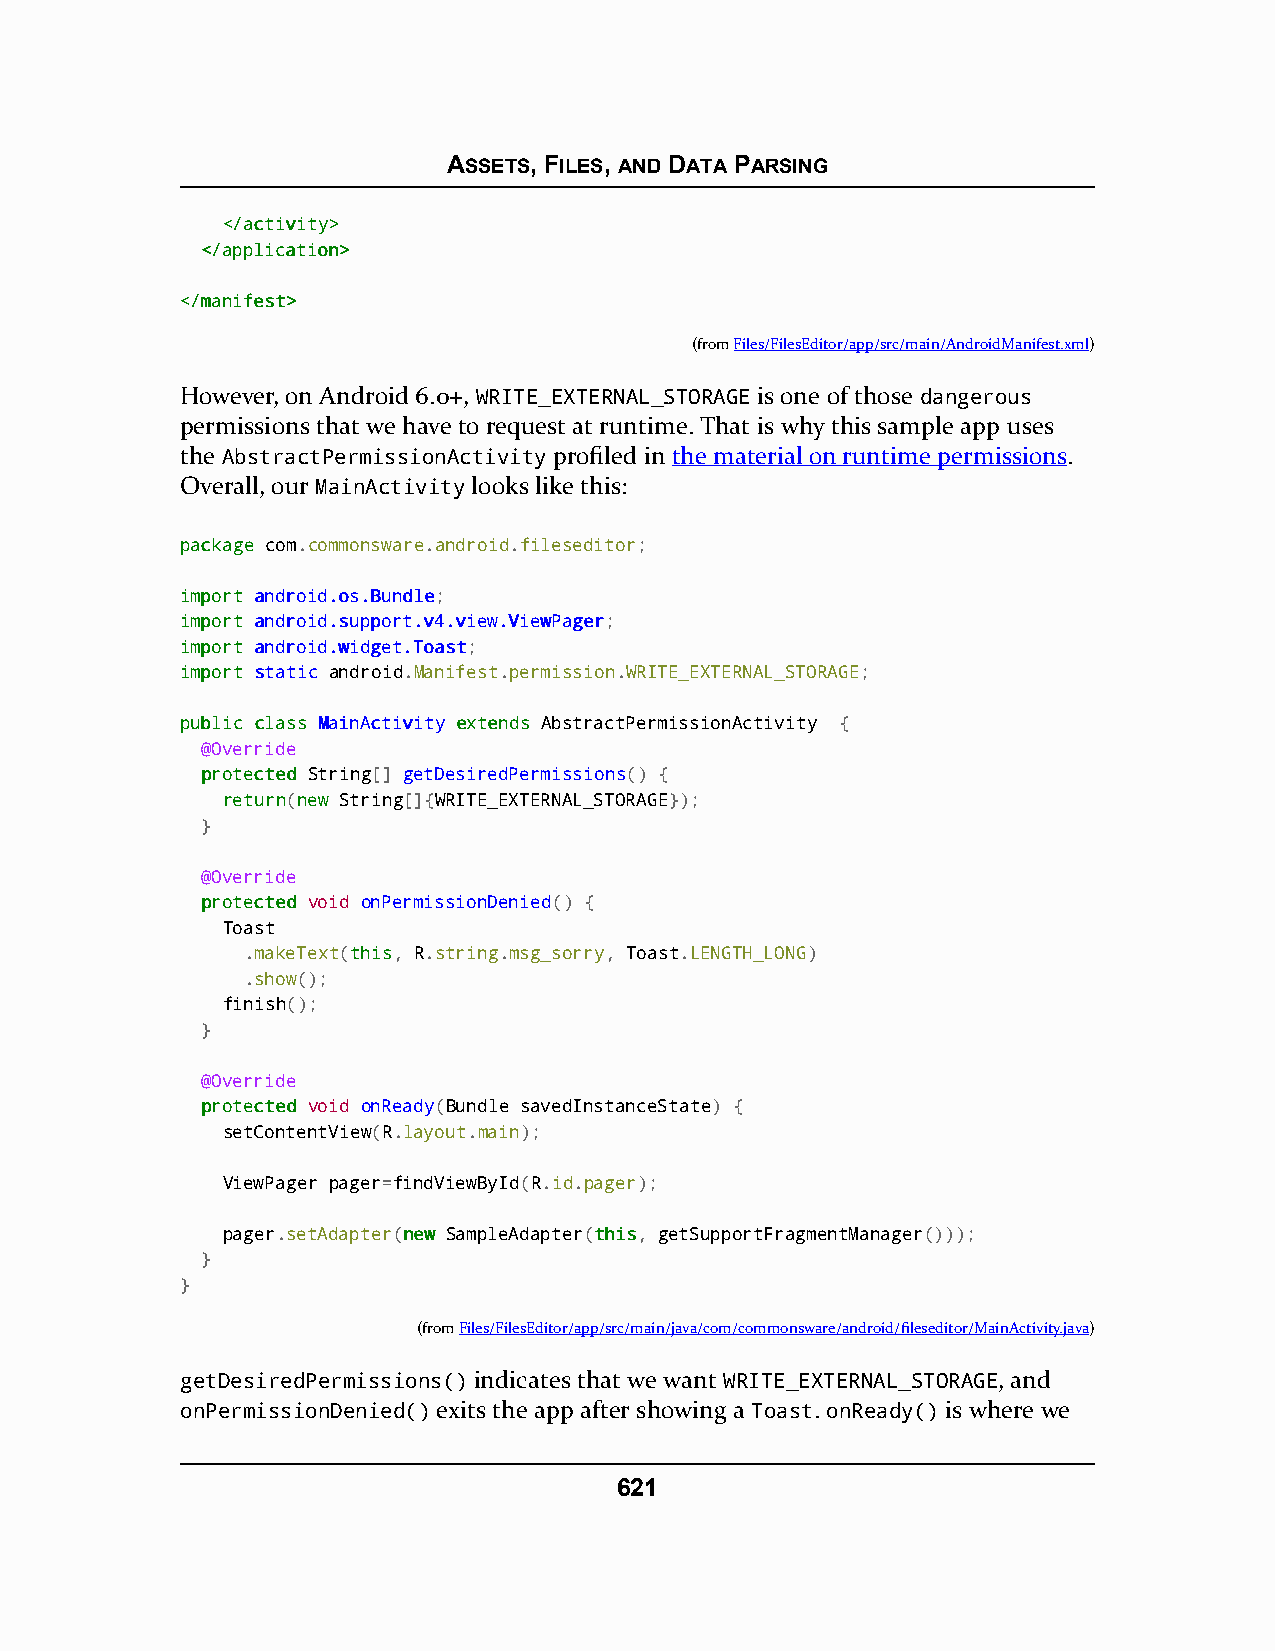
ASSETS, FILES, AND DATA PARSING
 <<//aaccttiivviittyy>>
 <<//aapppplliiccaattiioonn>>
 <<//mmaanniiffeesstt>>
 (fromFiles/FilesEditor/app/src/main/AndroidManifest.xml)
 However, on Android 6.0+, WRITE_EXTERNAL_STORAGE is one of those dangerous
 permissions that we have to request at runtime. That is why this sample app uses
 the AbstractPermissionActivity profiled in the material on runtime permissions.
 Overall, our MainActivity looks like this:
 ppaacckkaaggee com.commonsware.android.fileseditor;
 iimmppoorrtt aannddrrooiidd..ooss..BBuunnddllee;
 iimmppoorrtt aannddrrooiidd..ssuuppppoorrtt..vv44..vviieeww..VViieewwPPaaggeerr;
 iimmppoorrtt aannddrrooiidd..wwiiddggeett..TTooaasstt;
 iimmppoorrtt ssttaattiicc android.Manifest.permission.WRITE_EXTERNAL_STORAGE;
 ppuubblliicc ccllaassss MMaaiinnAAccttiivviittyy eexxtteennddss AbstractPermissionActivity {
 @Override
 pprrootteecctteedd String[] getDesiredPermissions() {
 rreettuurrnn(nneeww String[]{WRITE_EXTERNAL_STORAGE});
 }
 @Override
 pprrootteecctteedd void onPermissionDenied() {
 Toast
 .makeText(tthhiiss, R.string.msg_sorry, Toast.LENGTH_LONG)
 .show();
 finish();
 }
 @Override
 pprrootteecctteedd void onReady(Bundle savedInstanceState) {
 setContentView(R.layout.main);
 ViewPager pager=findViewById(R.id.pager);
 pager.setAdapter(nneeww SampleAdapter(tthhiiss, getSupportFragmentManager()));
 }
 }
 (fromFiles/FilesEditor/app/src/main/java/com/commonsware/android/fileseditor/MainActivity.java)
 getDesiredPermissions() indicates that we want WRITE_EXTERNAL_STORAGE, and
 onPermissionDenied() exits the app after showing a Toast. onReady() is where we
 621